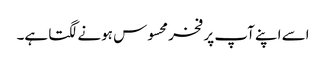
اسے اپنے آپ پر فخر محسوس ہونے لگتا ہے۔